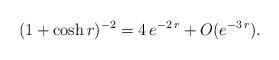
LaTeX: \begin{align*}(1 + \cosh r)^{-2} = 4 \, e ^{- 2 \, r} + O (e^{- 3 \, r}).\end{align*}